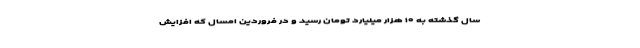
سال گذشته به ۱۰ هزار میلیارد تومان رسید و در فروردین امسال که افزایش